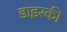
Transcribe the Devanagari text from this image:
डाइरकी